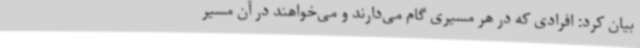
بیان کرد: افرادی که در هر مسیری گام می‌دارند و می‌خواهند در آن مسیر